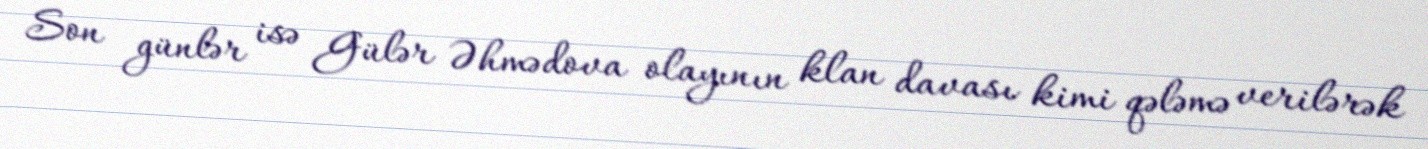
Son günlər isə Gülər Əhmədova olayının klan davası kimi qələmə verilərək